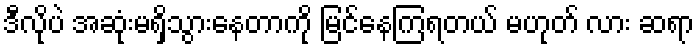
ဒီလိုပဲ အဆုံးမရှိသွားနေတာကို မြင်နေကြရတယ် မဟုတ် လား ဆရာ